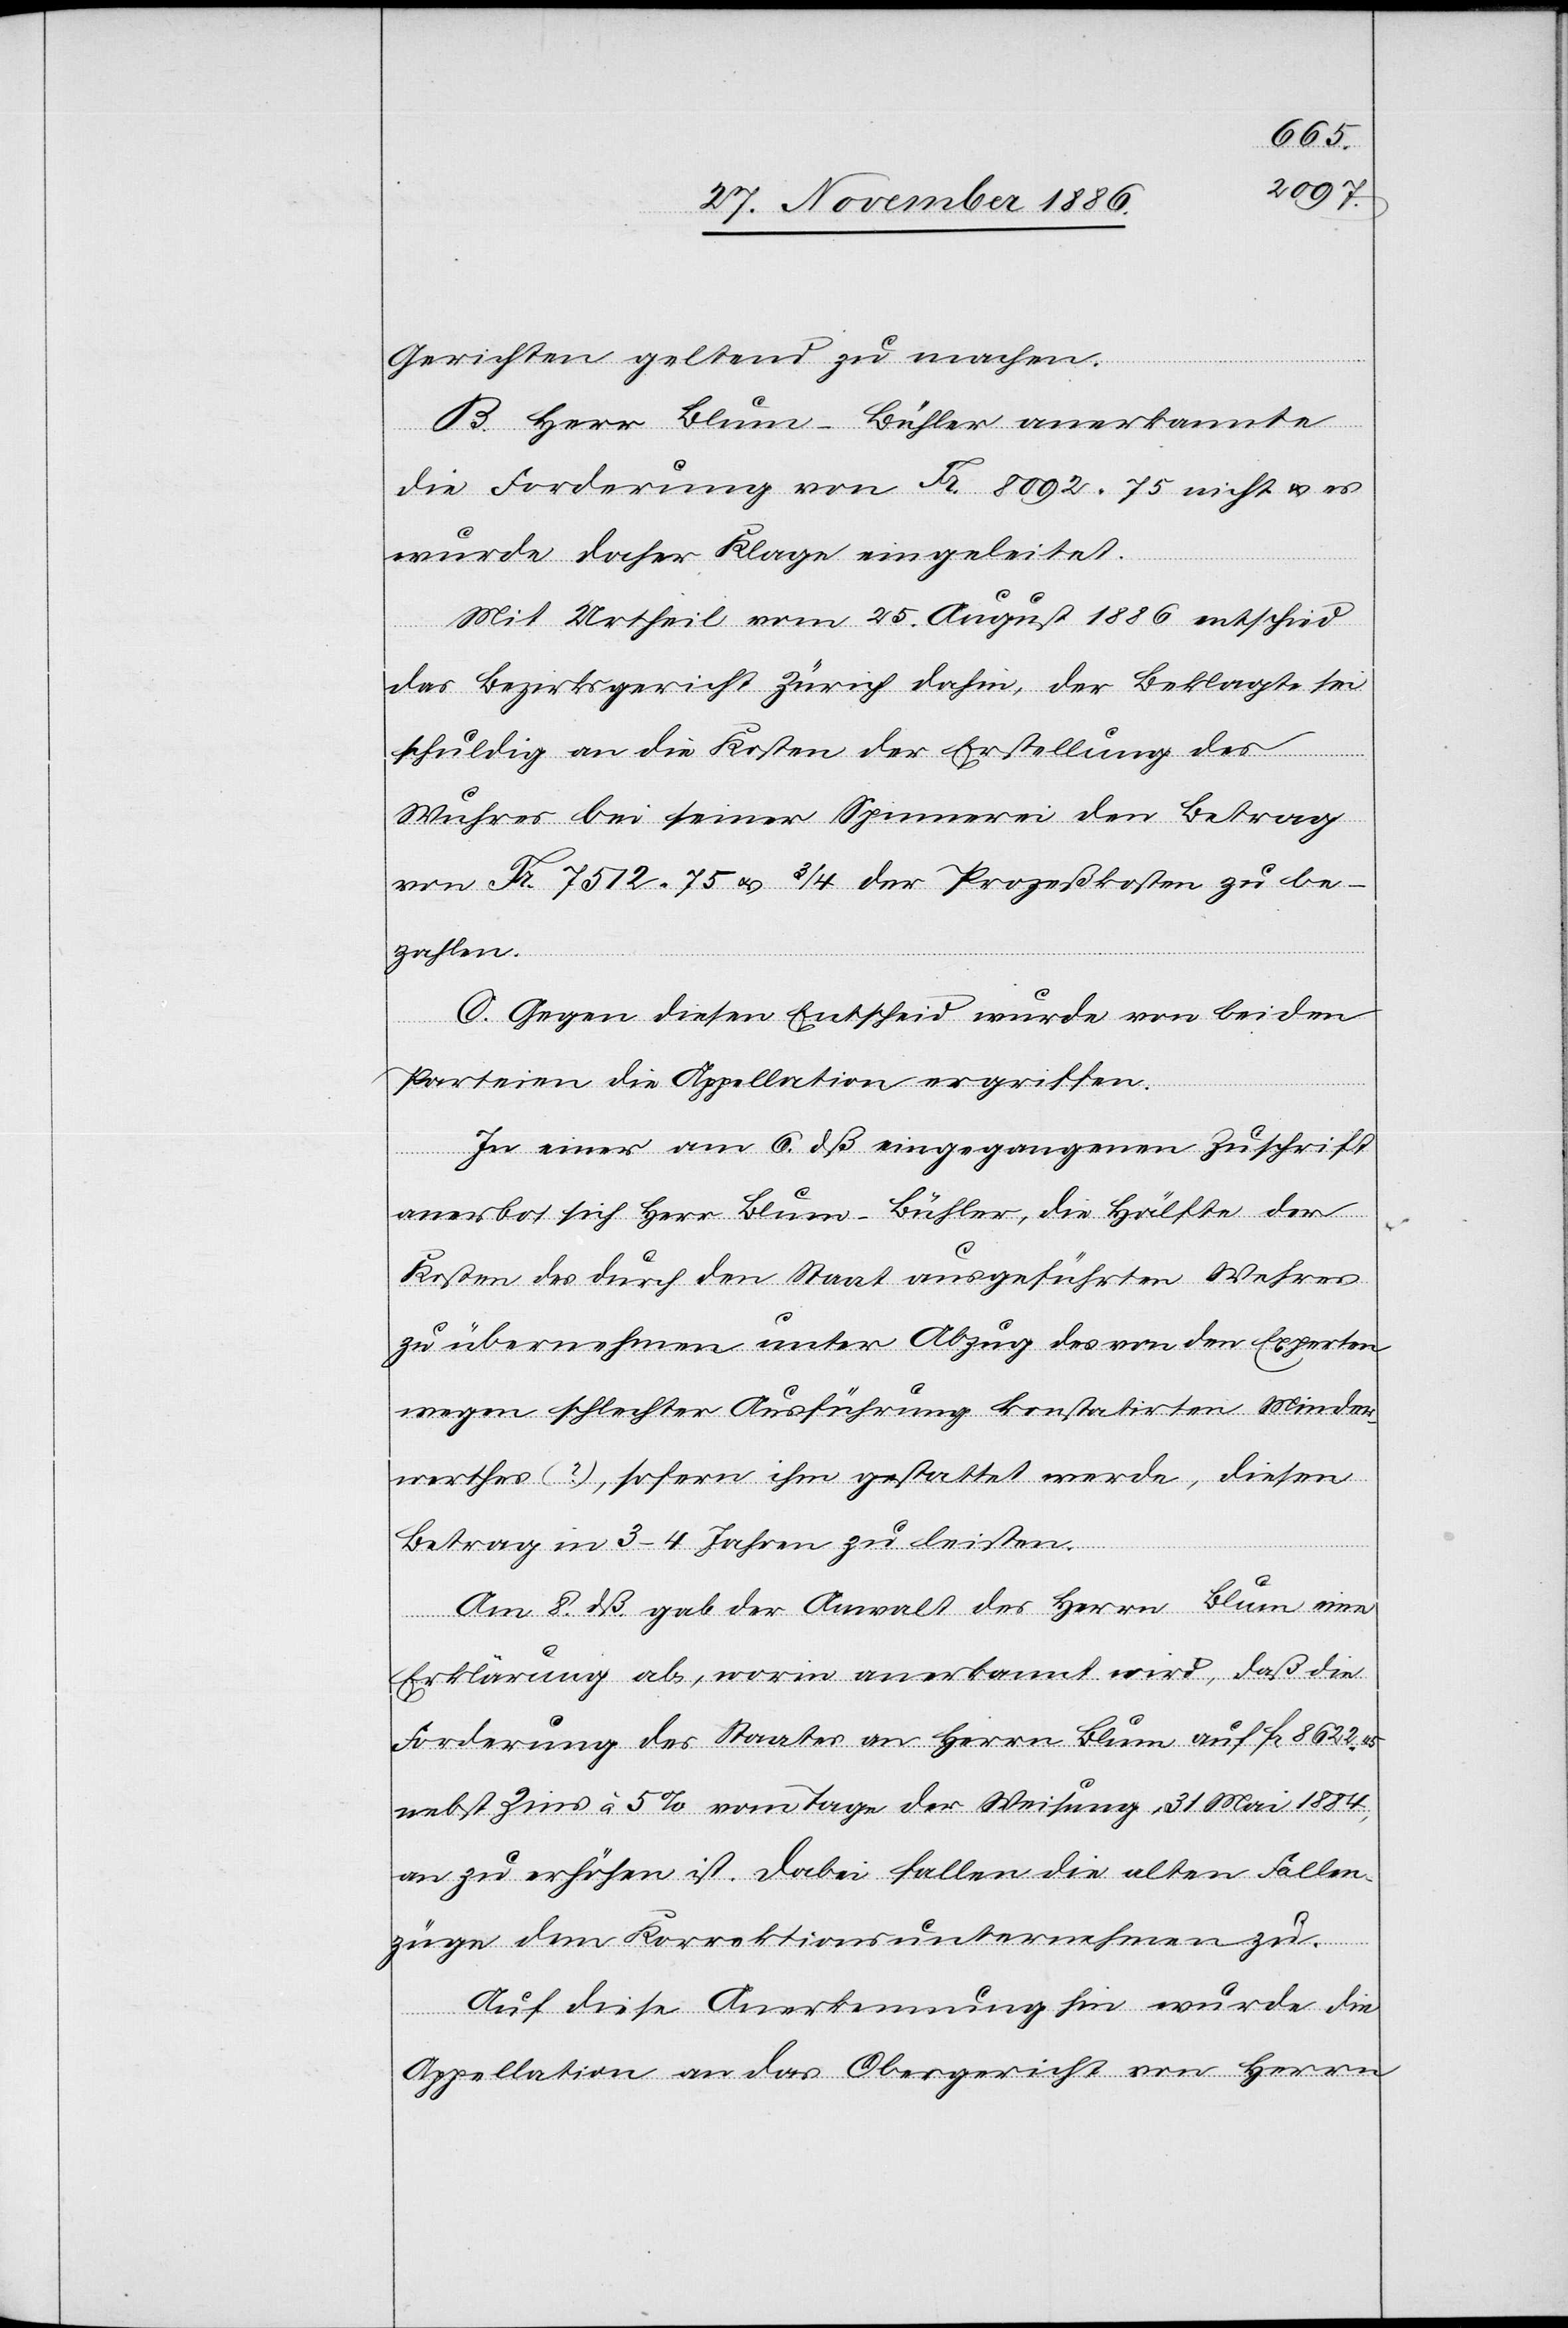
Gerichten geltend zu machen.
B. Herr Blum-Bühler anerkannte
die Forderung von Fr. 8092 75 nicht & es
wurde daher Klage eingeleitet.
Mit Urtheil vom 25. August 1886 entschied
das Bezirksgericht Zürich dahin, der Beklagte sei
schuldig an die Kosten der Erstellung des
Wuhres bei seiner Spinnerei den Betrag
von Fr. 7512 75 & 3/4 der Prozeßkosten zu be¬
zahlen.
C. Gegen diesen Entscheid wurde von beiden
Parteien die Appellation ergriffen.
In einer am 6. dß eingegangenen Zuschrift
anerbot sich Herr Blum-Bühler, die Hälfte der
Kosten des durch den Staat ausgeführten Wehres
zu übernehmen unter Abzug des von den Experten
wegen schlechter Ausführung konstatirten Minder¬
werthes (?), sofern ihm gestattet werde, diesen
Betrag in 3–4 Jahren zu leisten.
Am 8. dß. gab der Anwalt des Herrn Blum eine
Erklärung ab, worin anerkannt wird, daß die
Forderung des Staates an Herrn Blum auf Fr. 8622 45
nebst Zins à 5% vom Tage der Weisung, 31. Mai 1884,
an zu erhöhen ist. Dabei fallen die alten Fallen¬
züge dem Korrektionsunternehmen zu.
Auf diese Anerkennung hin wurde die
Appellation an das Obergericht von Herrn